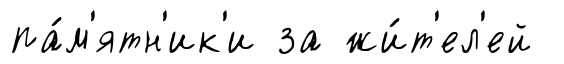
па́м'ятн'ик'и за жи́т'ел'ей